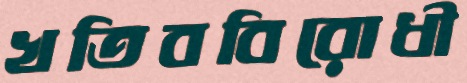
খতিববিরোধী